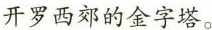
开罗西郊的金字塔。